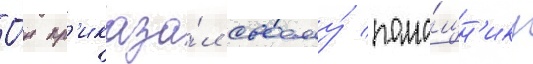
О́н пр'иказа́л своему́ помо́щн'ику